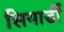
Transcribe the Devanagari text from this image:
सियार्डी